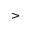
>